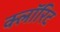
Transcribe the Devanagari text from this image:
क्लॉरिट